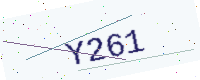
Text: Y261